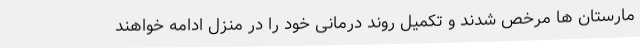
مارستان ها مرخص شدند و تکمیل روند درمانی خود را در منزل ادامه خواهند